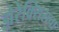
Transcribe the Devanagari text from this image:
झेरेक्सिसचा